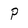
Character: P